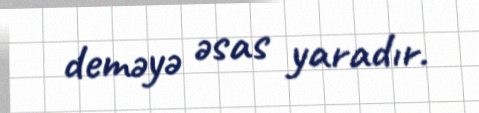
deməyə əsas yaradır.